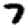
Digit: 7